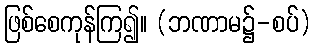
ဖြစ်စေကုန်ကြ၍။ (ဘဏာမ၌-စပ်)